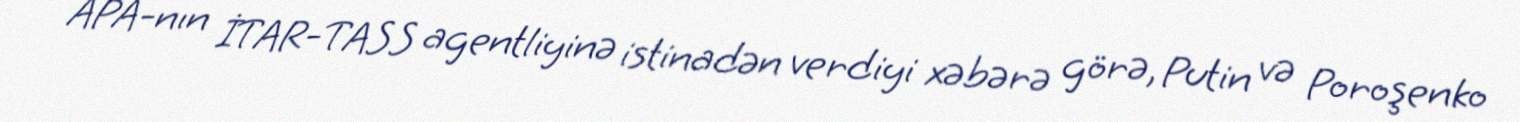
APA-nın İTAR-TASS agentliyinə istinadən verdiyi xəbərə görə, Putin və Poroşenko